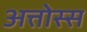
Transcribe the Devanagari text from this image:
अत्तोस्स